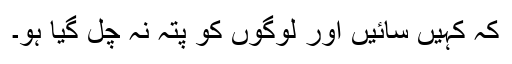
کہ کہیں سائیں اور لوگوں کو پتہ نہ چل گیا ہو۔